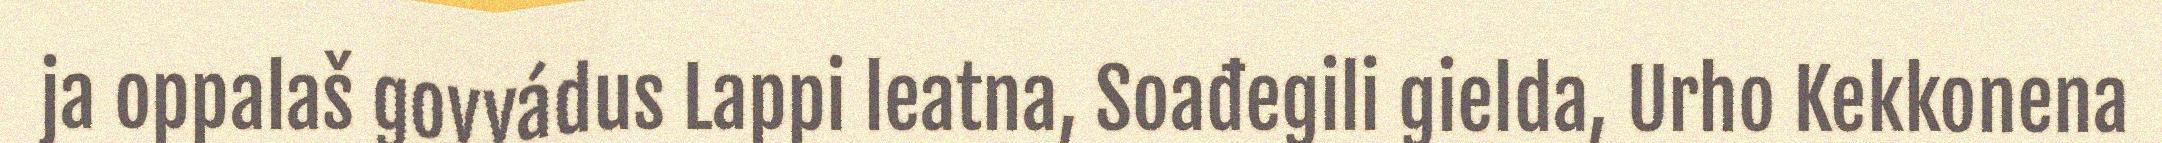
ja oppalaš govvádus Lappi leatna, Soađegili gielda, Urho Kekkonena